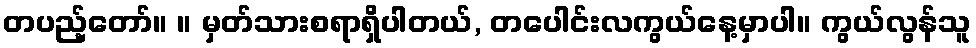
တပည့်တော်။ ။ မှတ်သားစရာရှိပါတယ်, တပေါင်းလကွယ်နေ့မှာပါ။ ကွယ်လွန်သူ